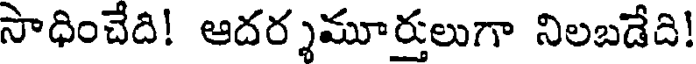
సాధించేది! ఆదర్శమూర్తులుగా నిలబడేది!